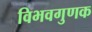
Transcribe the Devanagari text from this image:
विभवगुणक